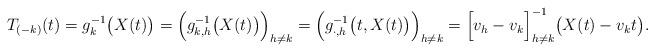
LaTeX: \begin{align*}T_{(-k)}(t)= g^{-1}_k\bigl(X(t)\bigr) = \Bigl(g_{k, h}^{-1} \bigl(X(t)\bigr) \Bigr)_{h\not =k} = \Bigl(g_{\cdot, h}^{-1} \bigl(t, X(t)\bigr) \Bigr)_{h\not=k} = \Bigl[v_h-v_k\Bigr]_{h\not = k}^{-1} \bigl(X(t)-v_kt\bigr).\end{align*}